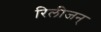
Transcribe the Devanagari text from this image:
रिलीजन्